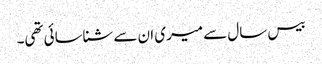
بیس سال سے میری ان سے شناسائی تھی۔